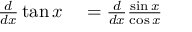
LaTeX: \begin{array} { r l } { { \frac { d } { d x } } \tan x } & { { } = { \frac { d } { d x } } { \frac { \sin x } { \cos x } } } \end{array}